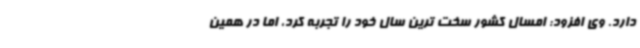
دارد. وی افزود: امسال کشور سخت ترین سال خود را تجربه کرد، اما در همین